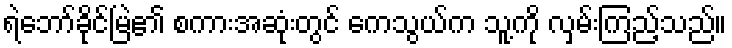
ရဲဘော်ခိုင်မြဲ၏ စကားအဆုံးတွင် ကေသွယ်က သူ့ကို လှမ်းကြည့်သည်။